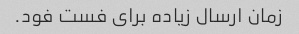
زمان ارسال زیاده برای فست فود.